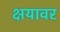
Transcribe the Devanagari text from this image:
क्षयावर